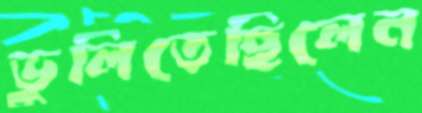
ভুলিতেছিলেন